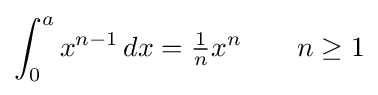
\int _{0}^{a}x^{n-1}\,dx={\tfrac {1}{n}}x^{n}\qquad n\geq 1